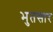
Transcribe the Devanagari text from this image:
भुतसार